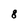
Character: 8